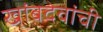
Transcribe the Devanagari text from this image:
खांबदेवांची